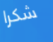
شكرا